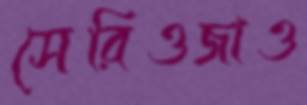
সেরিওজাও